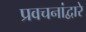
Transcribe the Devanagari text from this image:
प्रवचनांद्वारे